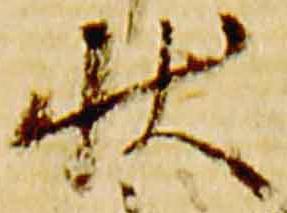
状